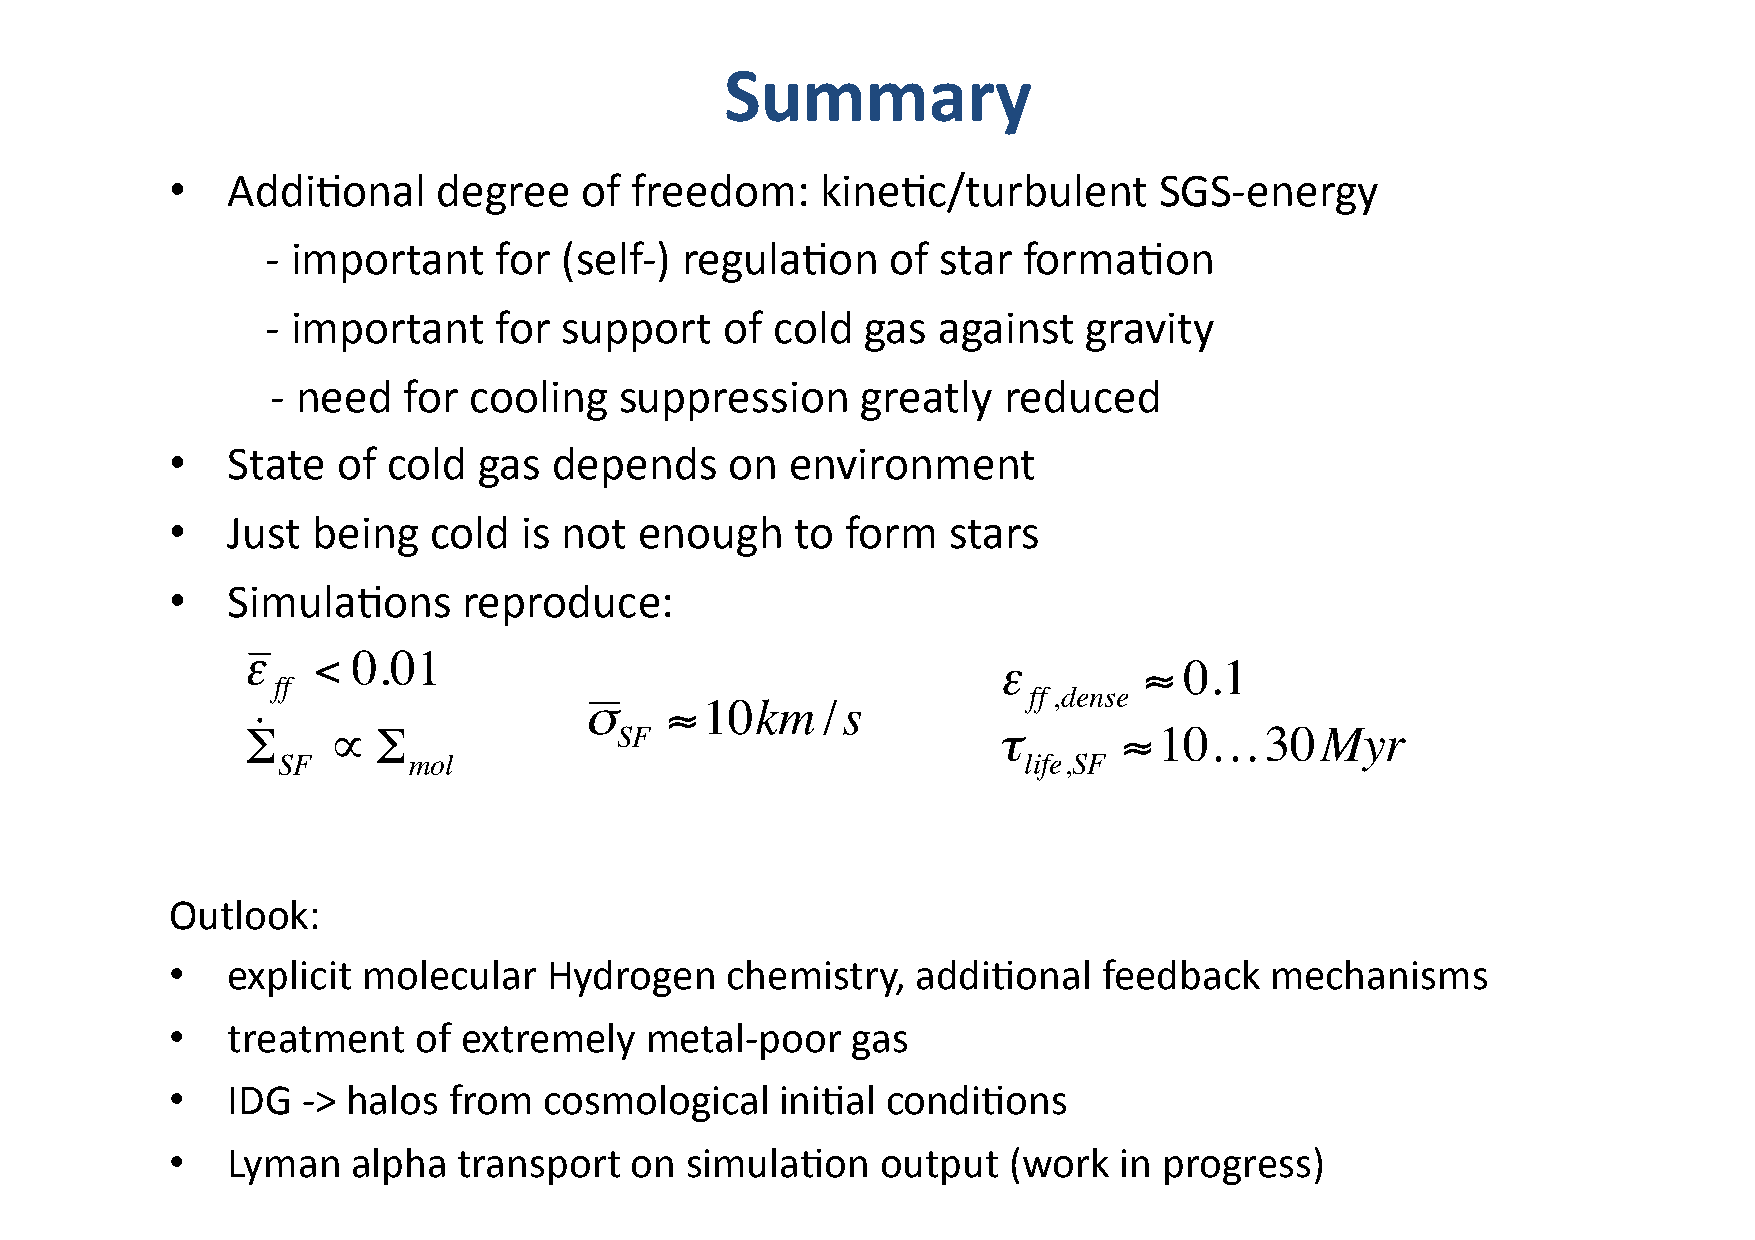
Summary
 •   AddiJonal     degree   of  freedom:    kineJc/turbulent       SGS-­‐energy
 -­‐ important  for (self-­‐) regulaJon   of star  formaJon
 -­‐ important  for support    of cold  gas  against   gravity
 -­‐ need for cooling   suppression     greatly  reduced
 •   State  of  cold  gas  depends    on  environment
 •   Just  being  cold  is not  enough     to form   stars
 •   SimulaJons      reproduce:
 ε    < 0.01
 ε         ≈ 0.1
 ff
 ff ,dense
 σ    ≈10km     /s
 ˙
 Σ     ∝  Σ               SF                       τ       ≈10…30Myr
 SF       mol                                      life,SF
 €
 €
 Outlook:
 €
 €        •   explicit molecular   Hydrogen    chem€i stry, addiJonal   feedback   mechanisms
 •   treatment   of extremely    metal-­‐poor gas
 •   IDG  -­‐> halos from cosmological    iniJal condiJons
 •   Lyman   alpha  transport   on simulaJon    output   (work  in progress)